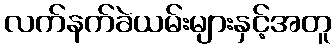
လက်နက်ခဲယမ်းများနှင့်အတူ